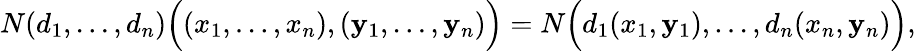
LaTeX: N(d_{1},...,d_{n}){\Big(}(x_{1},\ldots,x_{n}),(\mathbf{y}_{1},\ldots,\mathbf{y}_{n}){\Big)}=N{\Big(}d_{1}(x_{1},\mathbf{y}_{1}),\ldots,d_{n}(x_{n},\mathbf{y}_{n}){\Big)},